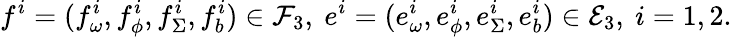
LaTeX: f^{i}=(f_{\omega}^{i},f_{\phi}^{i},f_{\Sigma}^{i},f_{b}^{i})\in\mathcal{F}_{3},\ e^{i}=(e_{\omega}^{i},e_{\phi}^{i},e_{\Sigma}^{i},e_{b}^{i})\in\mathcal{E}_{3},\ i=1,2.